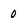
Character: 0